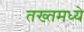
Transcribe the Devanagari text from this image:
तख्तमध्ये